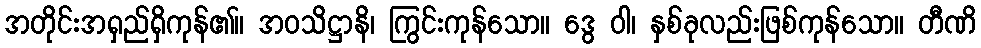
အတိုင်းအရှည်ရှိကုန်၏။ အဝသိဋ္ဌာနိ၊ ကြွင်းကုန်သော။ ဒွေ ဝါ၊ နှစ်ခုလည်းဖြစ်ကုန်သော။ တီဏိ